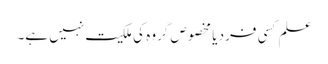
علم کسی فرد یا مخصوص گروہ کی ملکیت نہیں ہے۔